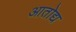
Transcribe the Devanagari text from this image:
आतोद्य